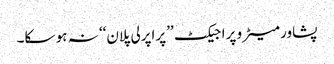
پشاور میٹرو پراجیکٹ ’’پراپرلی پلان‘‘ نہ ہو سکا۔